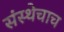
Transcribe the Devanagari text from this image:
संस्थेचाच